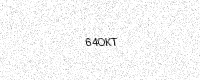
Text: 64OKT